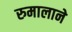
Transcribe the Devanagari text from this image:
रुमालाने